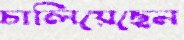
চালিয়েছেন